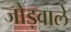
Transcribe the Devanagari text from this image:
जोड़वाले